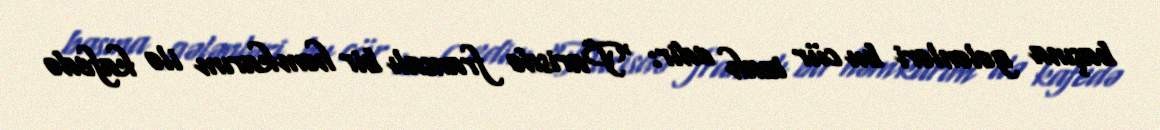
başına gələnləri bu cür izah edir: “Parisdə fransalı bir həmkarım ilə kafedə